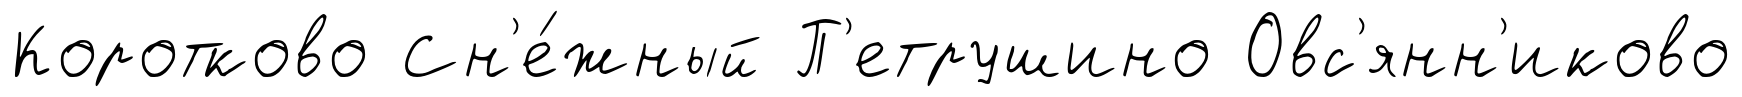
Коротково Сн'е́жный П'етрушино Овс'янн'иково